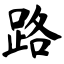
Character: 路